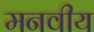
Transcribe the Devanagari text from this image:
मनवीय